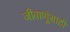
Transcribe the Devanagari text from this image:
जीवाणूंसाठी